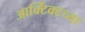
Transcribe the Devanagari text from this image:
आर्क्टिक्टच्या